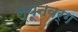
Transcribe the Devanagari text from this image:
ल्यूनवर्ग